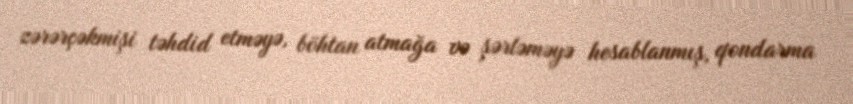
zərərçəkmişi təhdid etməyə, böhtan atmağa və şərləməyə hesablanmış, qondarma